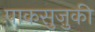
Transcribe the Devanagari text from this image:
पाकसुज़ुकी